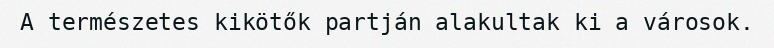
A természetes kikötők partján alakultak ki a városok.